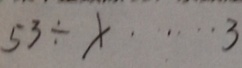
5 3 \div x \cdots 3